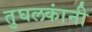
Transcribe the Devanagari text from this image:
तुघलकांनी